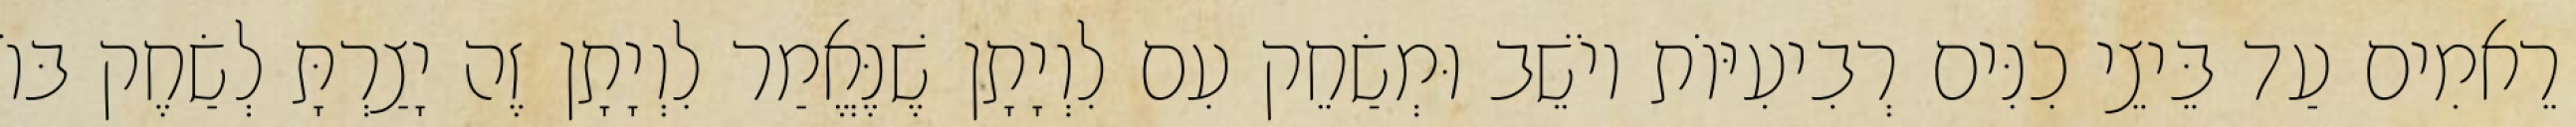
רֵאמִים עַד בֵּיצֵי כִנִּים רְבִיעִיּוֹת יוֹשֵׁב וּמְשַׂחֵק עִם לִוְיָתָן שֶׁנֶּאֱמַר לִוְיָתָן זֶה יָצַרְתָּ לְשַׂחֶק בּוֹ